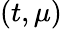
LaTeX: (t,\mu)